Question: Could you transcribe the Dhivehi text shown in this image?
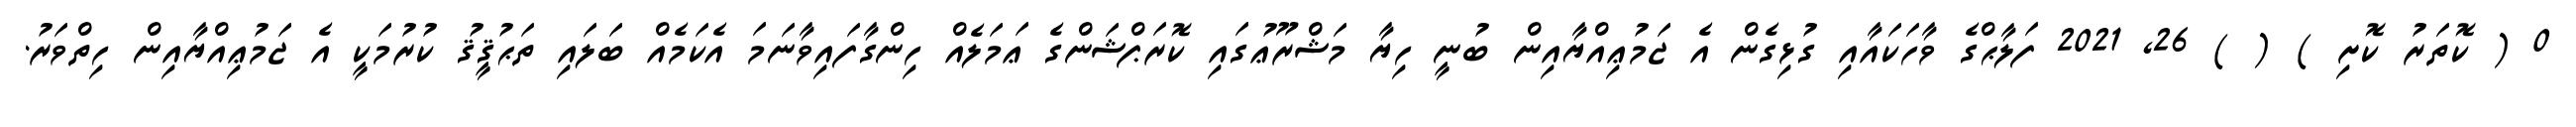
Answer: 0 ( ކޮތަރު ކޮށި ) ( ) 26, 2021 ފަލާޙްގެ ވާހަކައާއި ގުޅިގެން އެ ޖަމުޢިއްޔާއިން ބުނީ ހިޔާ މަޝްރޫޢުގައި ކޮރަޕްޝަންގެ ޢަމަލެއް ހިންގާފައިވާނަމަ އެކަމެއް ބަލައި ތަޙުޤީޤު ކުރުމަކީ އެ ޖަމުޢިއްޔާއިން ހިތްވަރު.